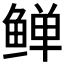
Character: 𬶛